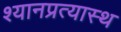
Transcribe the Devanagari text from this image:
श्यानप्रत्यास्थ